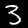
Label: 3